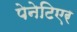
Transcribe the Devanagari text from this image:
पेनेटिएर